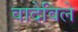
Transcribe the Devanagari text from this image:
वादेविले